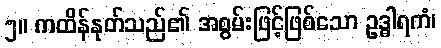
၅။ ကထိန်နုတ်သည်၏ အစွမ်းဖြင့်ဖြစ်သော ဥဒ္ဓါရကံ၊